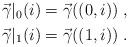
LaTeX: \begin{align*}\begin{gathered}\vec\gamma\rvert_0(i) = \vec\gamma((0,i))\;,\\\vec\gamma\rvert_1(i) = \vec\gamma((1,i))\;.\end{gathered}\end{align*}